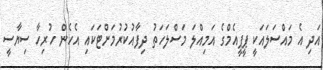
އަދި އެ މައްސަލައަކީ ޕީޕީއެމްގެ އަމިއްލަ މަސްލަހަތު ދިފާއުކުރުމަށްޓަކައި އެހެން ހުރިހާ ސިޔާސީ